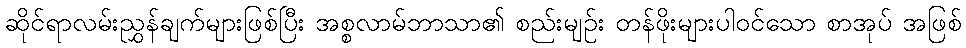
ဆိုင်ရာလမ်းညွှန်ချက်များဖြစ်ပြီး အစ္စလာမ်ဘာသာ၏ စည်းမျဉ်း တန်ဖိုးများပါဝင်သော စာအုပ် အဖြစ်